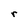
Character: r